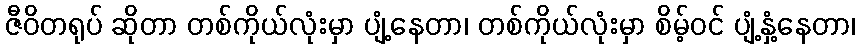
ဇီဝိတရုပ် ဆိုတာ တစ်ကိုယ်လုံးမှာ ပျံ့နေတာ၊ တစ်ကိုယ်လုံးမှာ စိမ့်ဝင် ပျံ့နှံ့နေတာ၊